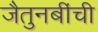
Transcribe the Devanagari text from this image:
जैतुनबींची